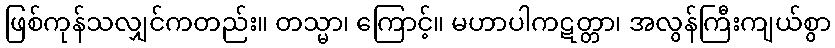
ဖြစ်ကုန်သလျှင်ကတည်း။ တသ္မာ၊ ကြောင့်။ မဟာပါကဋတ္တာ၊ အလွန်ကြီးကျယ်စွာ